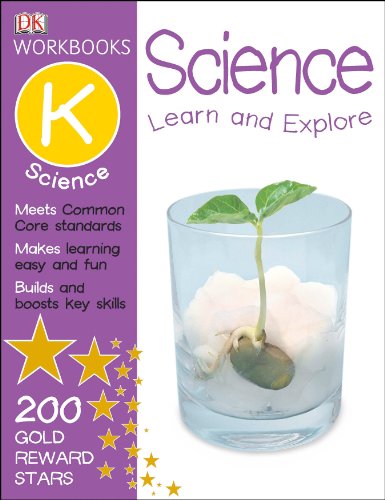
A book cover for DK Workbooks: Science, Kindergarten; DK Publishing; Children's Books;